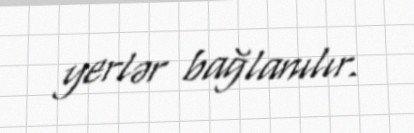
yerlər bağlanılır.